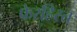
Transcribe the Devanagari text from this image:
फेरहिस्त